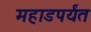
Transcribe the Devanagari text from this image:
महाडपर्यंत